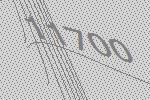
11700